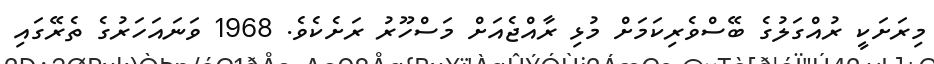
މިރަށަކީ ރުއްގަލުގެ ބޭސްވެރިކަމަށް މުޅި ރާއްޖެއަށް މަސްހޫރު ރަށެކެވެ. 1968 ވަނައަހަރުގެ ތެރޭގައި